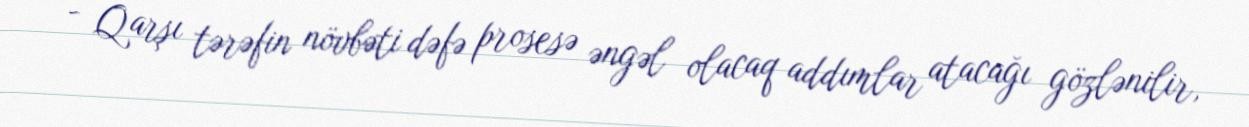
- Qarşı tərəfin növbəti dəfə prosesə əngəl olacaq addımlar atacağı gözlənilir,